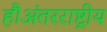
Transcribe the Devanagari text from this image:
हैं।अंतरराष्ट्रीय